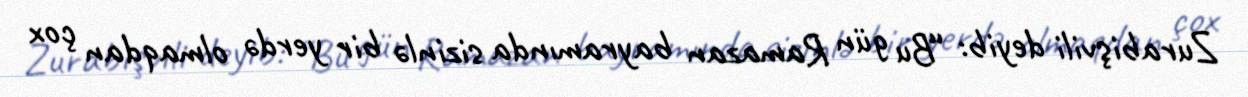
Zurabişvili deyib: “Bu gün Ramazan bayramında sizinlə bir yerdə olmaqdan çox